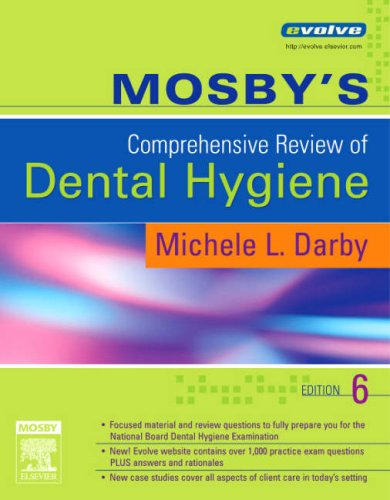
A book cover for Mosby's Comprehensive Review of Dental Hygiene, 6e; Michele Leonardi Darby BSDH  MS; Medical Books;